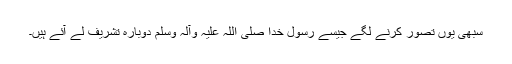
سبھی یوں تصور کرنے لگے جیسے رسول خدا صلی اللہ علیہ وآلہ وسلم دوبارہ تشریف لے آئے ہیں۔